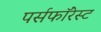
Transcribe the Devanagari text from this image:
पर्सफॉरेस्ट